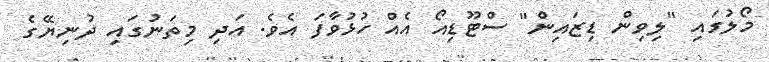
މޯލުގައި "ލިވިން ޑިޒައިން" ސްޓޫޑިއޯ އެއް ހުޅުވާފަ އެވެ. އަދި މިތަނުގައި ދުނިޔޭގެ